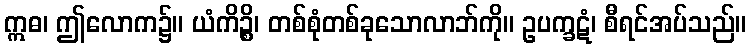
ဣဓ၊ ဤလောက၌။ ယံကိဉ္စိ၊ တစ်စုံတစ်ခုသောလာဘ်ကို။ ဥပက္ခဋံ၊ စီရင်အပ်သည်။